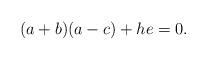
LaTeX: \begin{align*}(a+b)(a-c)+h e =0.\end{align*}